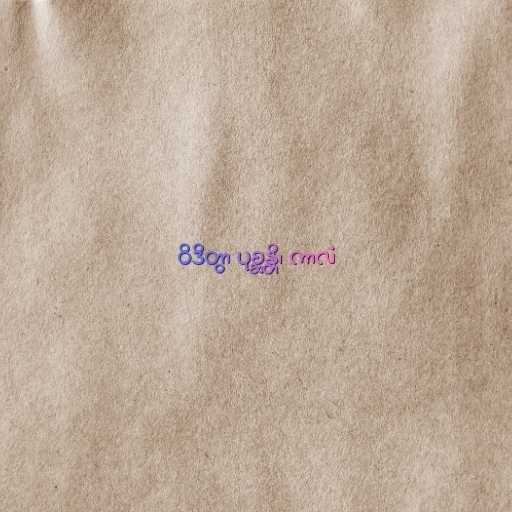
ဝိဒိတွာ ပုစ္ဆန္တိ၊ ကာလံ